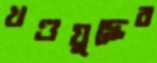
খণ্ডযুদ্ধের